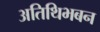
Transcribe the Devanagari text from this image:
अतिथिभबन